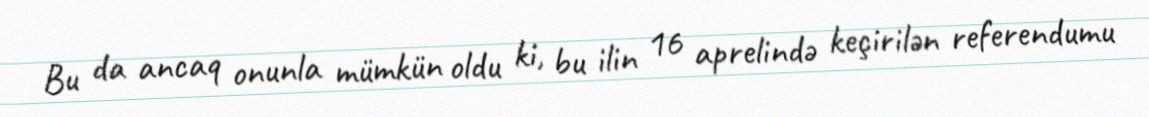
Bu da ancaq onunla mümkün oldu ki, bu ilin 16 aprelində keçirilən referendumu